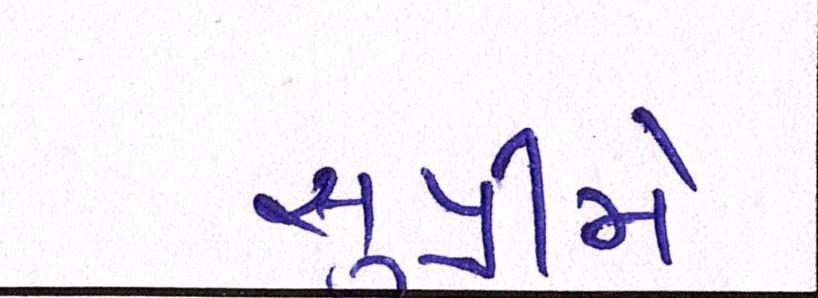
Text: સુપ્રીમે